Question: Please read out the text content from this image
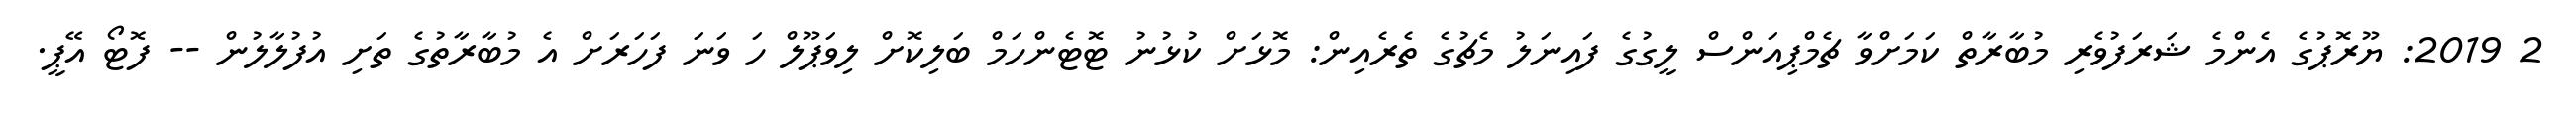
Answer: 2 2019: ޔޫރޮޕުގެ އެންމެ ޝަރަފުވެރި މުބާރާތް ކަމަށްވާ ޗެމްޕިއަންސް ލީގުގެ ފައިނަލު މެޗުގެ ތެރެއިން: މޮޅަށް ކުޅުނު ޓޮޓެންހަމް ބަލިކޮށް ލިވަޕޫލް ހަ ވަނަ ފަހަރަށް އެ މުބާރާތުގެ ތަށި އުފުލާލުން -- ފޮޓޯ އޭޕީ.